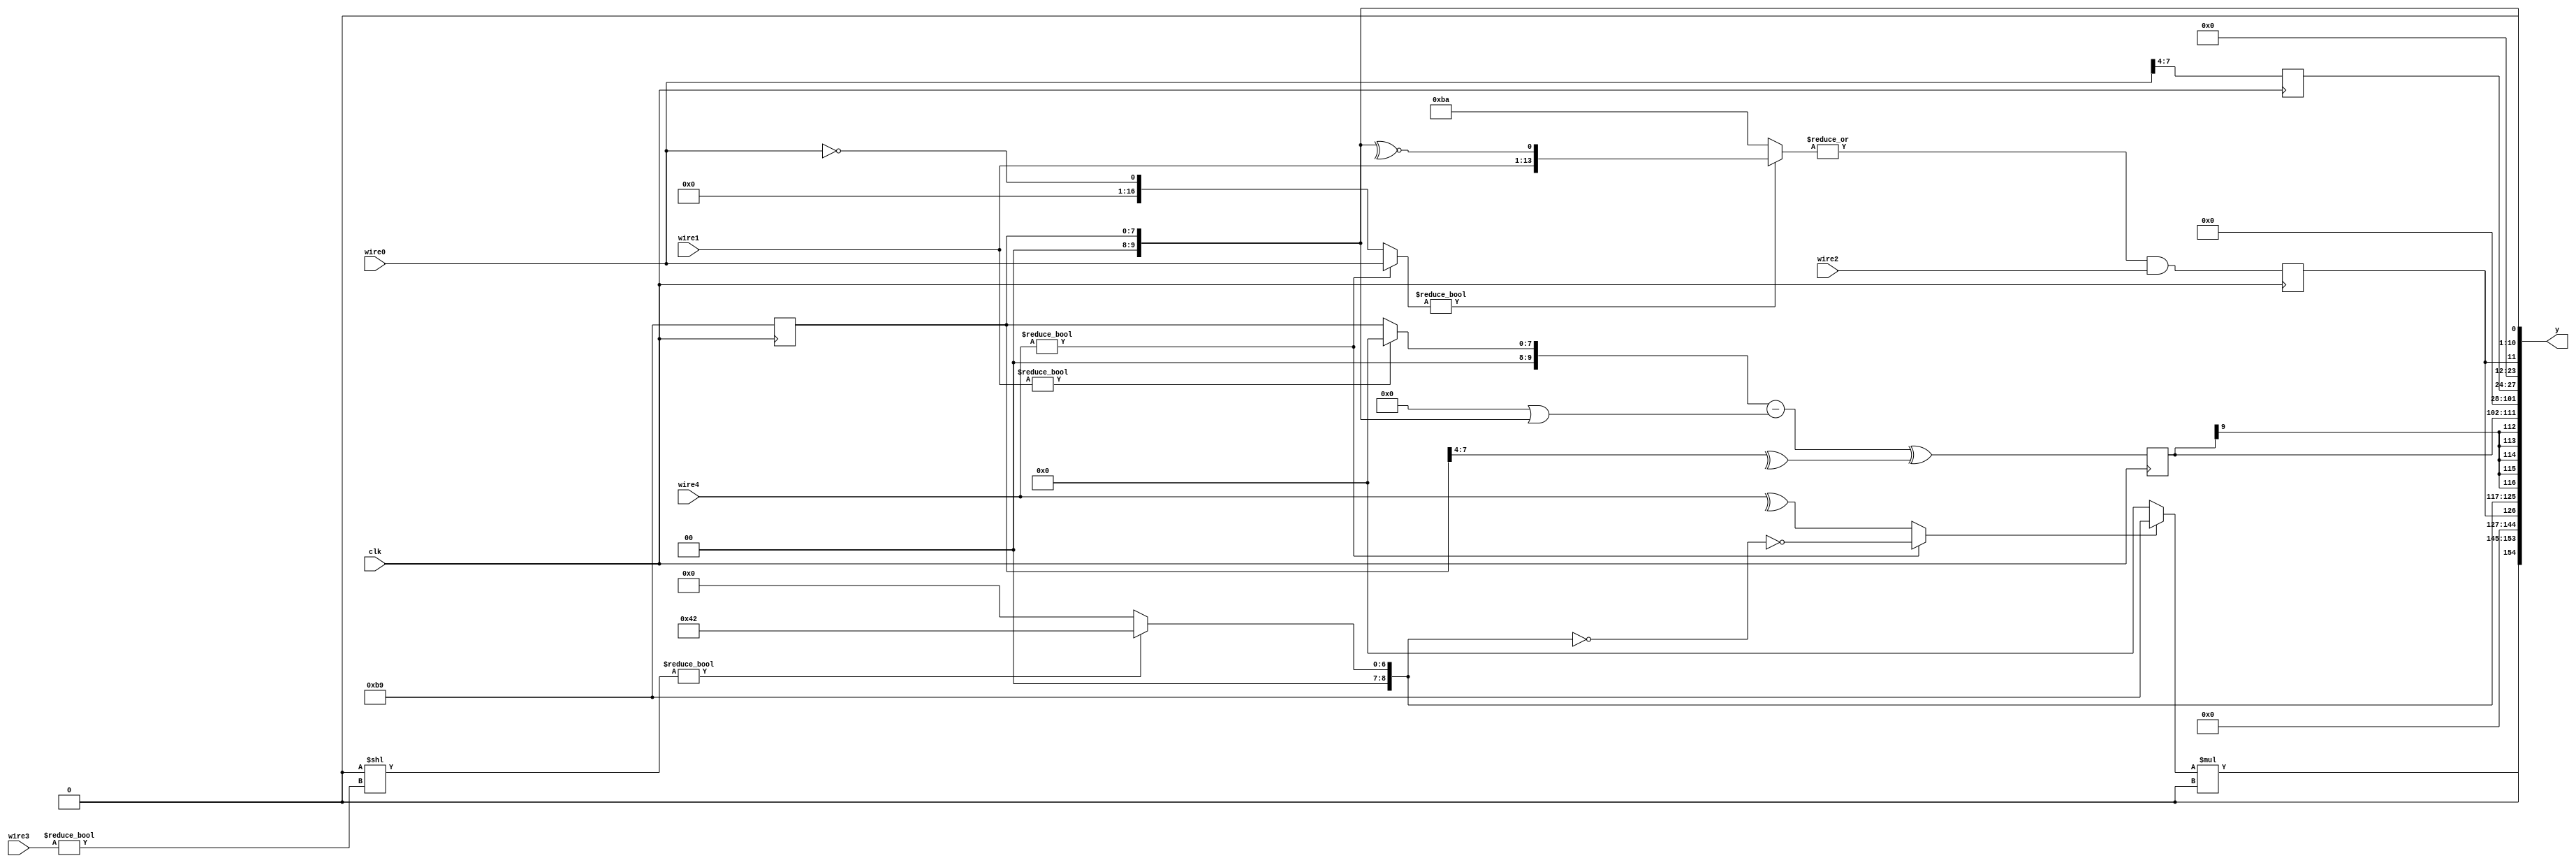
(* use_dsp48="no" *) (* use_dsp="no" *) module top
#( parameter param18 = {(+(!{((8'ha6) | (8'ha4))}))}
, parameter param19 = (({({(8'hb4)} ? (param18 + param18) : (param18 ? param18 : (8'hb5)))} ? {((+param18) <<< (param18 ? param18 : param18))} : param18) ? param18 : param18) )
(y, clk, wire4, wire3, wire2, wire1, wire0);
  output wire [(32'h9a):(32'h0)] y;
  input wire [(1'h0):(1'h0)] clk;
  input wire [(4'hd):(1'h0)] wire4;
  input wire [(3'h4):(1'h0)] wire3;
  input wire signed [(4'hb):(1'h0)] wire2;
  input wire [(4'hc):(1'h0)] wire1;
  input wire signed [(5'h10):(1'h0)] wire0;
  wire [(5'h15):(1'h0)] wire17;
  wire [(5'h12):(1'h0)] wire16;
  wire signed [(4'h8):(1'h0)] wire15;
  reg [(4'he):(1'h0)] reg14 = (1'h0);
  reg signed [(2'h2):(1'h0)] reg13 = (1'h0);
  reg [(4'he):(1'h0)] reg12 = (1'h0);
  reg signed [(4'h8):(1'h0)] reg11 = (1'h0);
  reg signed [(5'h10):(1'h0)] reg10 = (1'h0);
  reg signed [(4'h8):(1'h0)] reg9 = (1'h0);
  reg signed [(2'h3):(1'h0)] reg8 = (1'h0);
  reg [(5'h14):(1'h0)] reg7 = (1'h0);
  reg [(4'hc):(1'h0)] reg6 = (1'h0);
  reg signed [(4'h9):(1'h0)] reg5 = (1'h0);
  assign y = {wire17,
                 wire16,
                 wire15,
                 reg14,
                 reg13,
                 reg12,
                 reg11,
                 reg10,
                 reg9,
                 reg8,
                 reg7,
                 reg6,
                 reg5,
                 (1'h0)};
  always
    @(posedge clk) begin
      reg5 <= (8'hb9);
      if ((8'hb1))
        begin
          reg6 <= ((|(($signed(wire4) ? wire0 : (!wire0)) ?
              {wire1, (^~reg5)} : $unsigned({(8'hba)}))) && wire2);
          reg7 <= wire0[(3'h7):(3'h4)];
        end
      else
        begin
          reg6 <= $unsigned($signed((~&{wire2})));
          if ((8'h9d))
            begin
              reg7 <= (8'hb3);
              reg8 <= (({$unsigned(wire2[(4'hb):(3'h4)])} != (wire3[(3'h4):(2'h2)] - (~&((8'ha8) ?
                  wire4 : wire3)))) > wire2);
              reg9 <= wire1[(4'hb):(4'h9)];
              reg10 <= $unsigned((reg7[(4'hf):(4'h8)] || ((!reg9[(3'h6):(3'h6)]) <<< reg9)));
            end
          else
            begin
              reg7 <= $unsigned((($unsigned(wire2[(3'h4):(1'h0)]) + $unsigned(wire2)) <= reg7[(3'h6):(3'h4)]));
              reg8 <= wire2;
              reg9 <= (|wire3);
            end
          if (wire3[(2'h2):(1'h1)])
            begin
              reg11 <= $signed(({reg9,
                  (+(reg7 >>> reg9))} * {(&(wire4 || wire0))}));
              reg12 <= ($unsigned((|reg10)) << $unsigned((~^reg11[(2'h2):(2'h2)])));
            end
          else
            begin
              reg11 <= reg9;
            end
          reg13 <= (({(8'ha7)} ?
                  (wire4[(4'hc):(3'h6)] >> reg11) : ({wire4[(1'h1):(1'h1)]} > reg12)) ?
              $signed(reg7) : (-reg7));
        end
      reg14 <= $signed((((wire1 ?
          {reg13} : reg5) - ($unsigned(reg9) || $signed(reg5))) ^ (^reg5[(3'h7):(3'h4)])));
    end
  assign wire15 = $unsigned($unsigned(((reg12[(3'h6):(1'h0)] << (reg10 != wire3)) ?
                      ((reg13 & reg10) + (7'h42)) : reg13)));
  assign wire16 = $unsigned($signed(reg6));
  assign wire17 = (((((wire16 >> (8'hab)) ?
                              reg6[(4'h8):(2'h3)] : (reg12 ? reg13 : wire4)) ?
                          (~&(!wire15)) : $signed((^wire4))) ?
                      ($signed((+reg11)) ?
                          (8'hb9) : $signed($unsigned((8'hb9)))) : reg8[(1'h0):(1'h0)]) * reg9);
endmodule